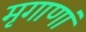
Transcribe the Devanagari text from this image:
मृगाणां